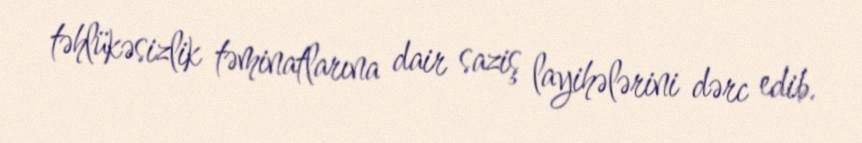
təhlükəsizlik təminatlarına dair saziş layihələrini dərc edib.